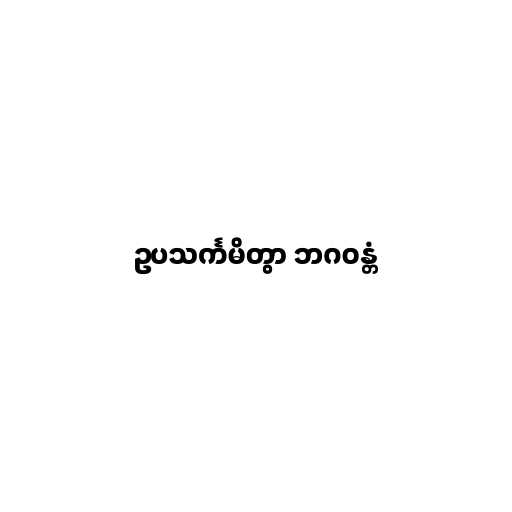
ဥပသင်္ကမိတွာ ဘဂဝန္တံ